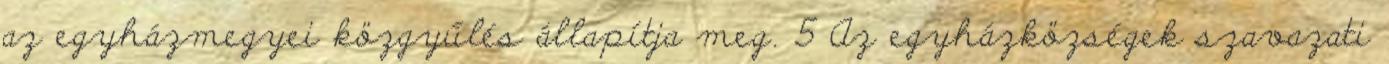
az egyházmegyei közgyűlés állapítja meg. 5 Az egyházközségek szavazati